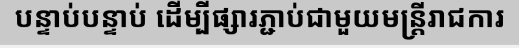
បន្ទាប់បន្ទាប់ ដើម្បីផ្សារភ្ជាប់ជាមួយមន្ត្រីរាជការ